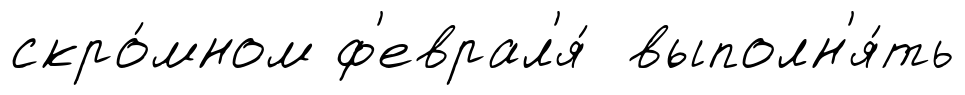
скро́мном ф'еврал'я́ выполн'я́ть